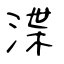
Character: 渫